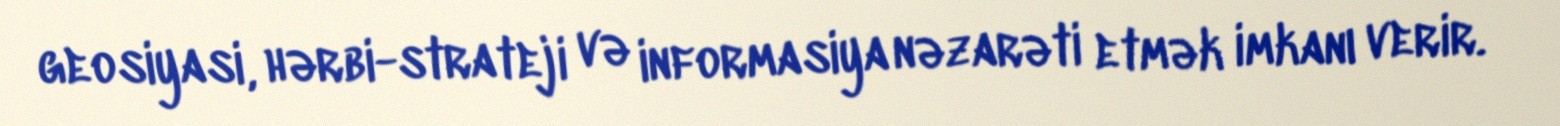
geosiyasi, hərbi-strateji və informasiya nəzarəti etmək imkanı verir.